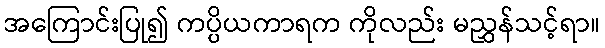
အကြောင်းပြု၍ ကပ္ပိယကာရက ကိုလည်း မညွှန်သင့်ရာ။